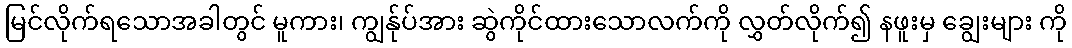
မြင်လိုက်ရသောအခါတွင် မူကား၊ ကျွန်ုပ်အား ဆွဲကိုင်ထားသောလက်ကို လွှတ်လိုက်၍ နဖူးမှ ချွေးများ ကို